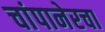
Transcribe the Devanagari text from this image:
चांपानेरचा